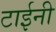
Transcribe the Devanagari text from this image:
टाईनी